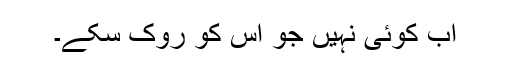
اب کوئی نہیں جو اس کو روک سکے۔